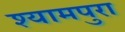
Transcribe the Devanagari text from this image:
श्यामपुरा